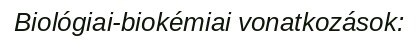
Biológiai-biokémiai vonatkozások: